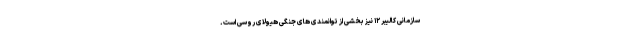
سازمانی کالیبر ۱۲ نیز بخشی از توانمندی های جنگی هیولای روسی است.